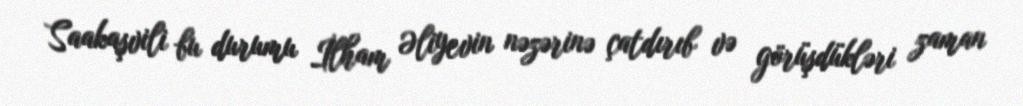
Saakaşvili bu durumu İlham Əliyevin nəzərinə çatdırıb və görüşdükləri zaman